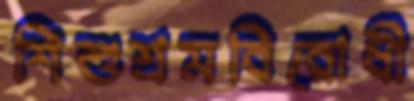
শিশুশ্রমবিরোধী